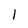
Character: l